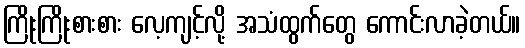
ကြိုးကြိုးစားစား လေ့ကျင့်လို့ အသံထွက်တွေ ကောင်းလာခဲ့တယ်။